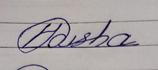
Signature authenticity: genuine